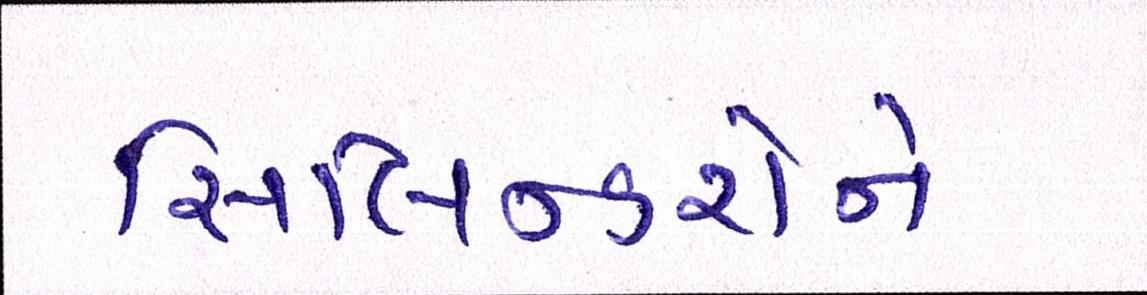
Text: સિલિન્ડરોને